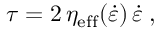
\boldsymbol { \tau } = 2 \, \eta _ { \mathrm { e f f } } ( \dot { \varepsilon } ) \, \boldsymbol { \dot { \varepsilon } } \; ,